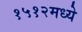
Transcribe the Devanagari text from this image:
१५१२मध्ये